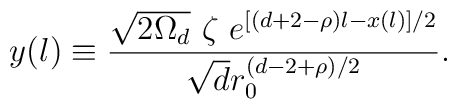
y(l)  \equiv   \frac{\sqrt{2\Omega_d} ~\zeta ~ e^{[(d+2-\rho)l - x(l)]/2}}{\sqrt{d}r_0^{(d-2 +\rho)/2}}.